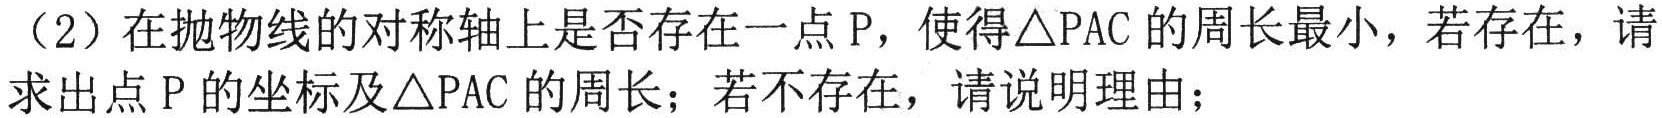
（2）在抛物线的对称轴上是否存在一点$\mathrm{P}$，使得$\triangle \mathrm{PAC}$的周长最小，若存在，请求出点$\mathrm{P}$的坐标及$\triangle \mathrm{PAC}$的周长；若不存在，请说明理由；